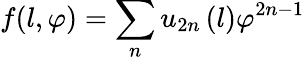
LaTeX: f(l,\varphi)=\sum_{n}u_{2n}\left(l\right)\varphi^{2n-1}